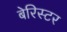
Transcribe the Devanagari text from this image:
बेरिस्टर